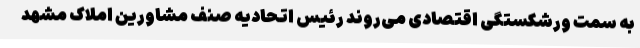
به سمت ورشکستگی اقتصادی می‌روند رئیس اتحادیه صنف مشاورین املاک مشهد